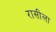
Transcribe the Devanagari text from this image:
रासीला